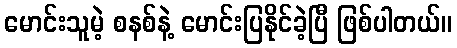
မောင်းသူမဲ့ စနစ်နဲ့ မောင်းပြနိုင်ခဲ့ပြီ ဖြစ်ပါတယ်။